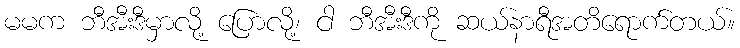
မမက ဘီအီးဒီမှာလို့ ပြောလို့၊ ငါ ဘီအီးဒီကို ဆယ်နာရီအတိရောက်တယ်။